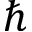
\hbar